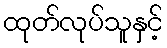
ထုတ်လုပ်သူနှင့်